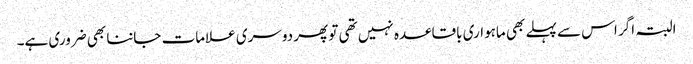
البتہ اگر اس سے پہلے بھی ماہواری باقاعدہ نہیں تھی تو پھر دوسری علامات جاننا بھی ضروری ہے۔